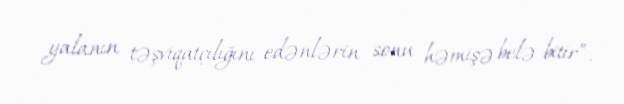
yalanın təşviqatçılığını edənlərin sonu həmişə belə bitir”.